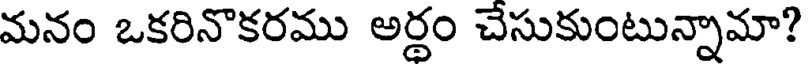
మనం ఒకరినొకరము అర్థం చేసుకుంటున్నామా?